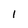
Character: I